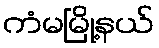
ကံမမြို့နယ်